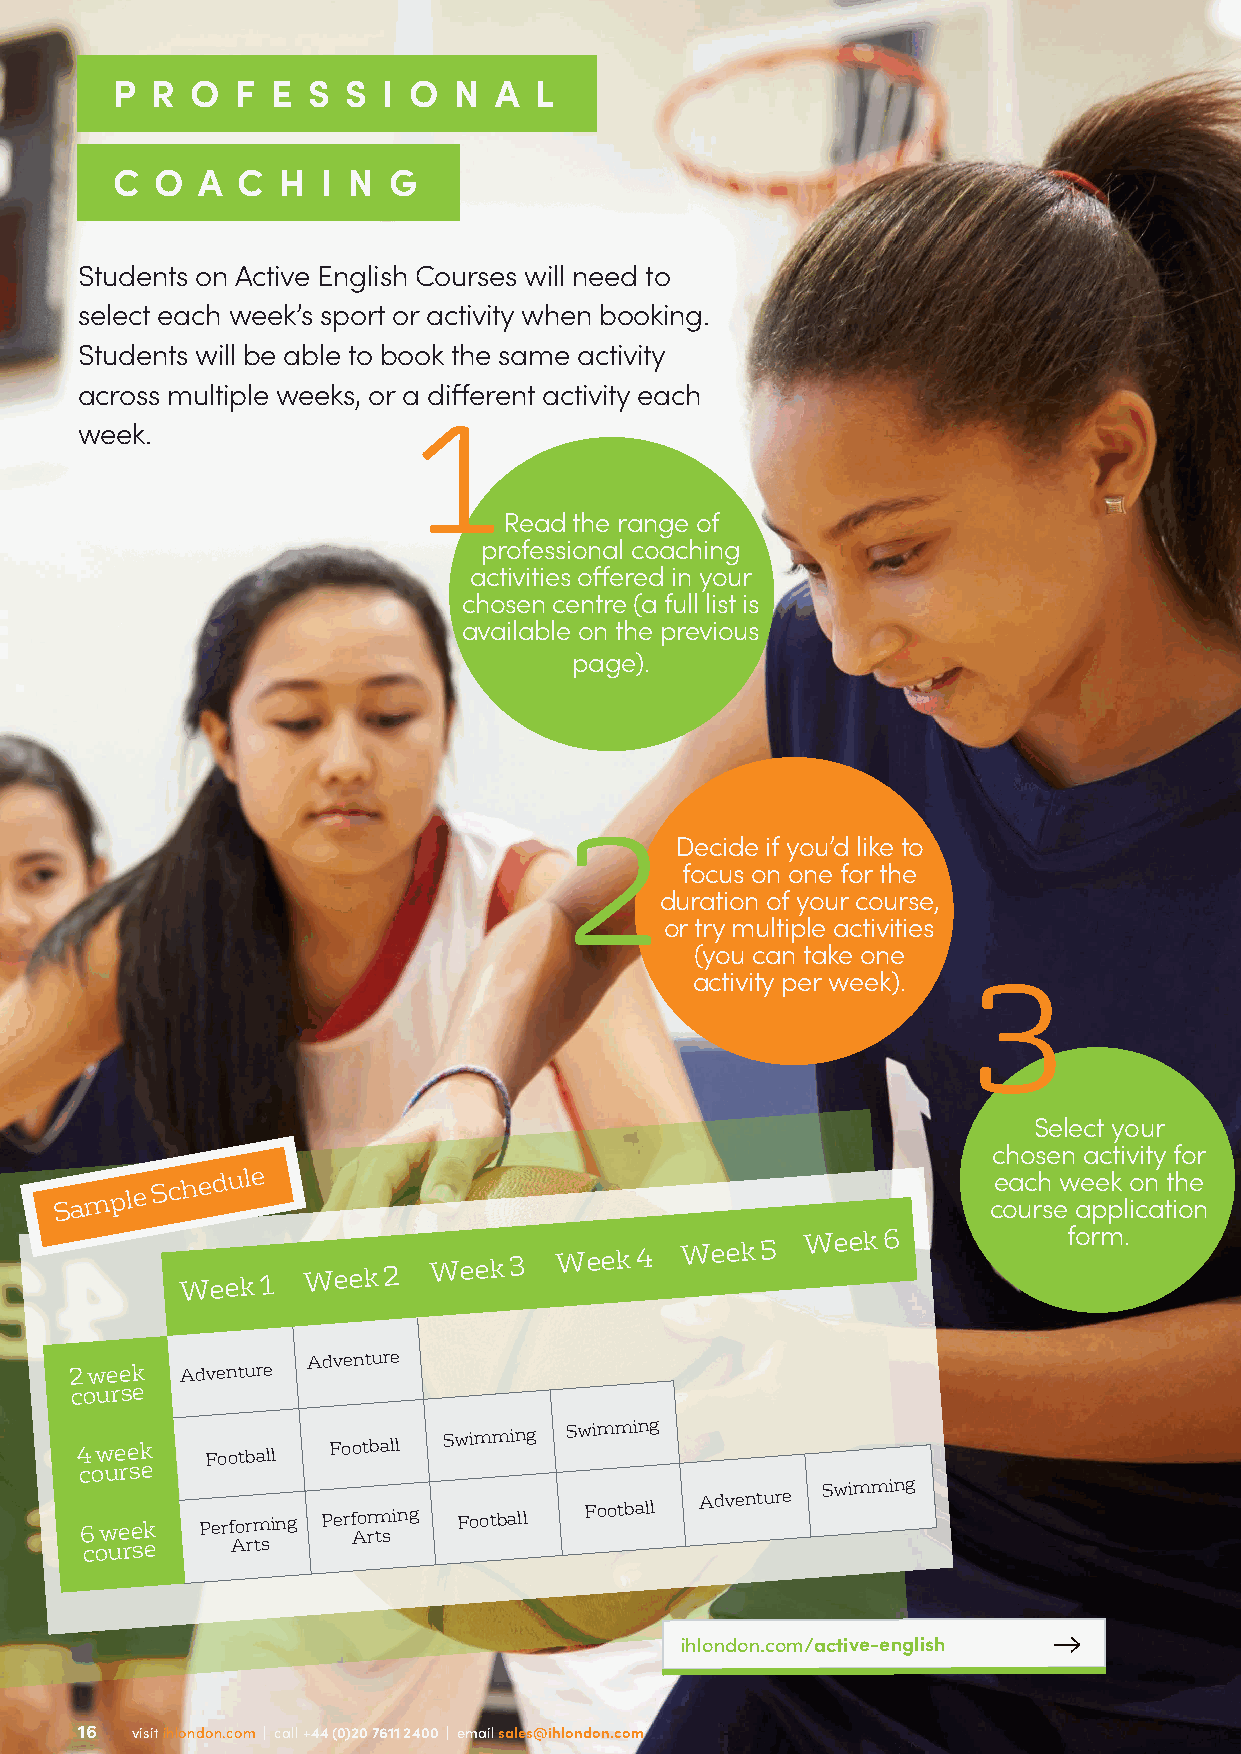
P  R  O  F E S  S I O  N  A L
 C  O  A  C H  I N  G
 Students on Active English Courses will need to
 select each week’s sport or activity when booking.
 Students will be able to book the same activity
 across multiple weeks, or a different activity each
 week.                 1
 Read the range of
 professional coaching
 activities offered in your
 chosen centre (a full list is
 available on the previous
 page).
 2       Decide if you’d like to
 focus on one for the
 duration of your course,
 or try multiple activities
 (you can take one
 activity per week).
 3
 Select your
 chosen activity for
 Sample
 Schedule                                               ce oa uc rh
 s
 ew ae pe pk lo icn
 a
 tt ih oe
 n
 Week 1
 Week 2
 Week  3
 Week 4
 Week 5
 Week 6            form.
 Adventure
 2 week Adventure
 course
 4 week   Football Football
 Swimming
 Swimming
 course
 6 week  Performing Perf Aor rm tsing Football
 Football
 Adventure
 Swimming
 course    Arts
 ihlondon.com/active-english
 16  visit ihlondon.com | call +44 (0)20 7611 2400 | email sales@ihlondon.com
 16  visit ihlondon.com | call +44 (0)20 7611 2400 | email sales@ihlondon.com